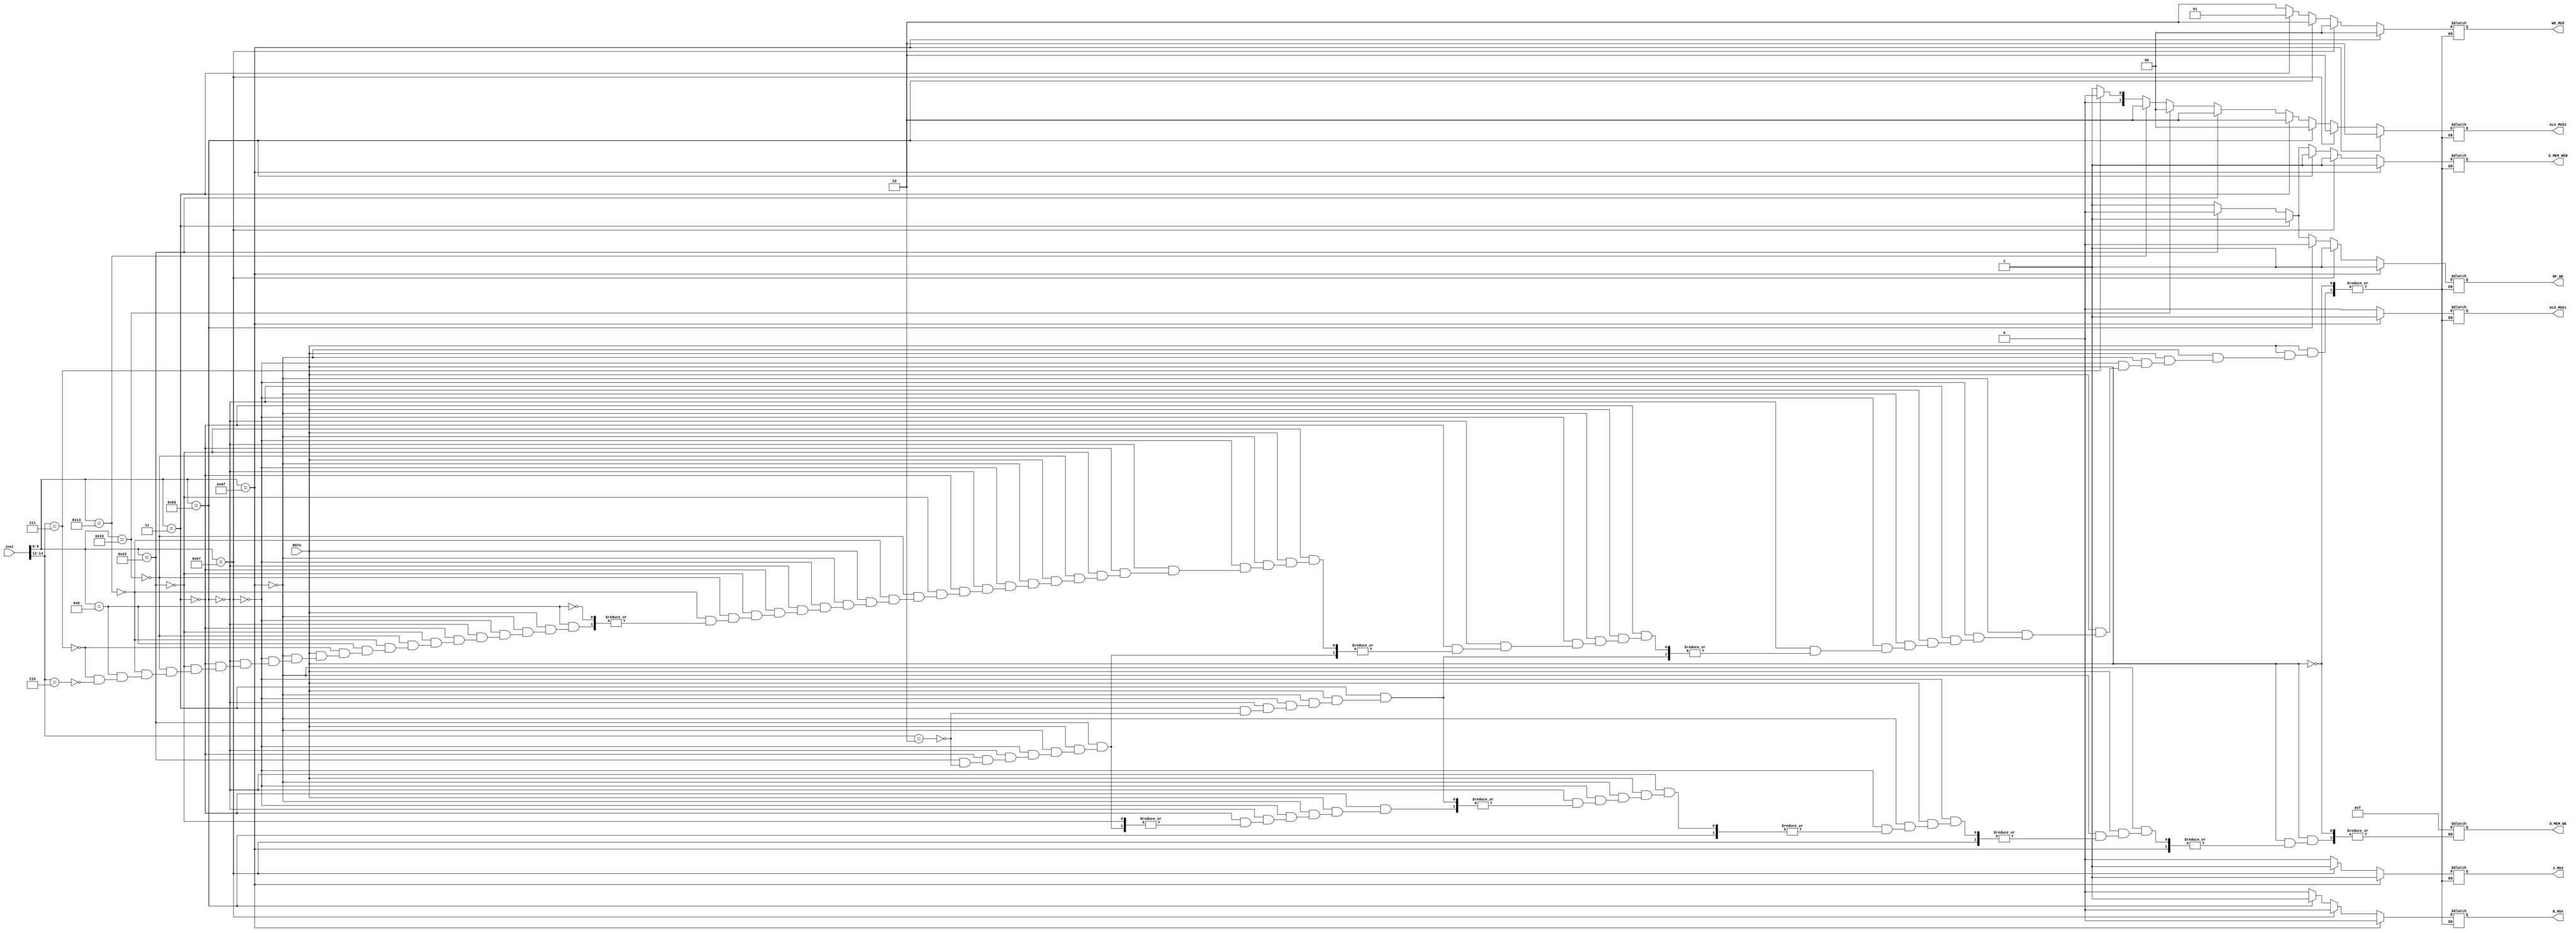
module CTRL (
	input wire RSTn,
	input wire [31:0] inst,
	output reg RF_WE,
	output reg ALU_MUX1,
	output reg [1:0] ALU_MUX2,
	output reg D_MEM_WEN,
	output reg [3:0] D_MEM_BE,
	output reg [1:0] WD_MUX,
	output reg J_MUX,
	output reg B_MUX
	);

	always @(*) begin
		if (RSTn) begin
			// JAL
			if (inst[6:0] == 7'b1101111) begin 
				RF_WE = 1;
				ALU_MUX1 = 1;
				ALU_MUX2 = 2'b10;
				D_MEM_WEN = 1;
				//D_MEM_BE = *;
				WD_MUX = 2'b00;
				J_MUX = 1;
				B_MUX = 0;
			end

			// JALR
			else if (inst[6:0] == 7'b1100111) begin
				RF_WE = 1;
				ALU_MUX1 = 0;
				ALU_MUX2 = 2'b10;
				D_MEM_WEN = 1;
				//D_MEM_BE = *;
				WD_MUX = 2'b00;
				J_MUX = 1;
				B_MUX = 0;
			end

				// Btype
			else if (inst[6:0] == 7'b1100011) begin
				RF_WE = 0;
				ALU_MUX1 = 0;
				ALU_MUX2 = 2'b00;
				D_MEM_WEN = 1;
				//D_MEM_BE = *;
				WD_MUX = 2'b10;
				J_MUX = 0;
				B_MUX = 1;
			end

			// Itype load
			else if (inst[6:0] == 7'b0000011) begin
				// LW
				if (inst[14:12] == 3'b010) begin
					RF_WE = 1;
					ALU_MUX1 = 0;
					ALU_MUX2 = 2'b10;
					D_MEM_WEN = 1;
					D_MEM_BE = 4'b1111;
					WD_MUX = 2'b01;
					J_MUX = 0;
					B_MUX = 0;
				end
			end

			// Stype
			else if (inst[6:0] == 7'b0100011) begin
				// SW
				if (inst[14:12] == 3'b010) begin
					RF_WE = 0;
					ALU_MUX1 = 0;
					ALU_MUX2 = 2'b10;
					D_MEM_WEN = 0;
					D_MEM_BE = 4'b1111;
					WD_MUX = 2'b10;
					J_MUX = 0;
					B_MUX = 0;
				end
			end

			// Rtype
			else if (inst[6:0] == 7'b0110011) begin
				RF_WE = 1;
				ALU_MUX1 = 0;
				ALU_MUX2 = 2'b00;
				D_MEM_WEN = 1;
				//D_MEM_BE = *;
				WD_MUX = 2'b10;
				J_MUX = 0;
				B_MUX = 0;
			end

			// Itype
			else if (inst[6:0] == 7'b0010011) begin
				RF_WE = 1;
				ALU_MUX1 = 0;
				ALU_MUX2 = 2'b10;
				D_MEM_WEN = 1;
				//D_MEM_BE = *;
				WD_MUX = 2'b10;
				J_MUX = 0;
				B_MUX = 0;
			end

			// Custom
			else if (inst[6:0] == 7'b0001011) begin
				// MULT, MODULO
				if (inst[14:12] == 3'b111) begin
					RF_WE = 1;
					ALU_MUX1 = 0;
					ALU_MUX2 = 2'b00;
					D_MEM_WEN = 1;
					//D_MEM_BE = *;
					WD_MUX = 2'b10;
					J_MUX = 0;
					B_MUX = 0;
				end

				// IS_EVEN
				else if (inst[14:12] == 3'b110) begin
					RF_WE = 1;
					ALU_MUX1 = 0;
					ALU_MUX2 = 2'b01;
					D_MEM_WEN = 1;
					//D_MEM_BE = *;
					WD_MUX = 2'b10;
					J_MUX = 0;
					B_MUX = 0;
				end
			end
		end
		
	end
endmodule